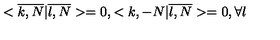
< \overline { { k , N } } | \overline { { l , N } } > = 0 , < k , - N | \overline { { l , N } } > = 0 , \forall l